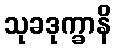
သုခဒုက္ခာနိ